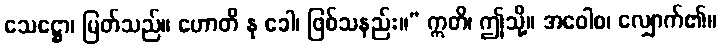
သေဋ္ဌော၊ မြတ်သည်။ ဟောတိ နု ခေါ၊ ဖြစ်သနည်း။” ဣတိ၊ ဤသို့။ အဝေါစ၊ လျှောက်၏။